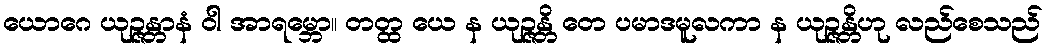
ယောဂေ ယုဉ္ဇန္တာနံ ဝါ အာရမ္ဘော။ တတ္ထ ယေ န ယုဉ္ဇန္တိ တေ ပမာဒမူလကာ န ယုဉ္ဇန္တိဟု လည်စေသည်